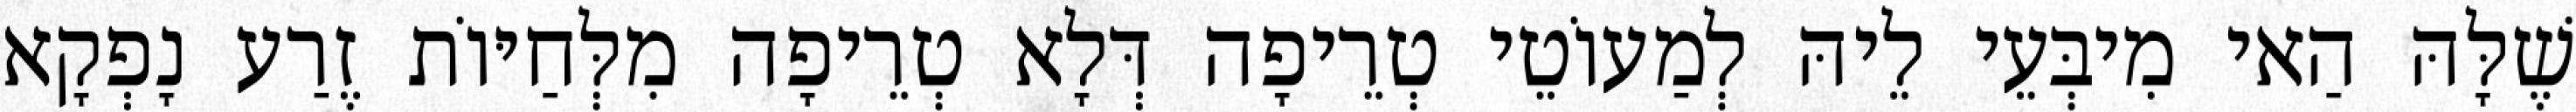
שֶׁלָּהּ הַאי מִיבְּעֵי לֵיהּ לְמַעוֹטֵי טְרֵיפָה דְּלָא טְרֵיפָה מִלְּחַיּוֹת זֶרַע נָפְקָא